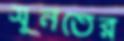
সুনতের